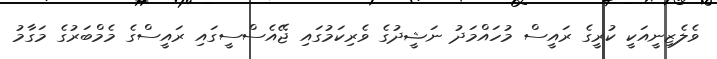
ވެލެޒިނީއަކީ ކުރީގެ ރައީސް މުހައްމަދު ނަޝީދުގެ ވެރިކަމުގައި ޖޭއެސްސީގައި ރައީސްގެ މެމްބަރުގެ މަގާމު